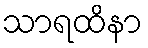
သာရထိနာ